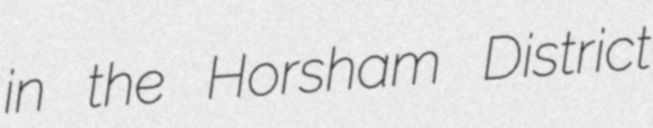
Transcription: in the Horsham District